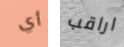
أي اراقب